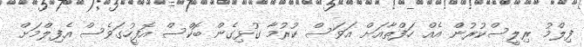
ފިލްމު ރިލީސްކުރުން އެއް ހަފްތާއަށް އަވަސް ކުރުމާ ގުޅިގެން ބޮކްސް އޮފީހުގަވެސް އެފިލްމަށް